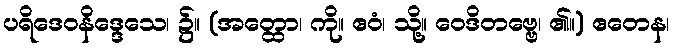
ပရိဒေဝနိဒ္ဒေသေ၊ ၌။ (အတ္ထော၊ ကို။ ဧဝံ၊ သို့။ ဝေဒိတဗ္ဗေ၊ ၏။) ဧတေန၊